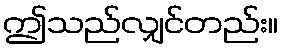
ဤသည်လျှင်တည်း။